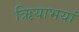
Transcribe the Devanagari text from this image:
ऋियाभयां